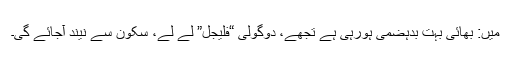
میں: بھائی بہت بدہضمی ہورہی ہے تجھے، دوگولی “فلیجل” لے لے، سکون سے نیند آجائے گی۔